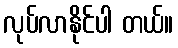
လုပ်လာနိုင်ပါ တယ်။